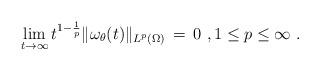
LaTeX: \begin{align*} \lim_{t \to \infty} t^{1-\frac1p} \|\omega_\theta(t)\|_{L^p(\Omega)} \,=\, 0~, 1 \le p \le \infty~.\end{align*}